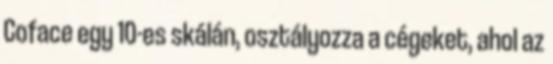
Coface egy 10-es skálán, osztályozza a cégeket, ahol az